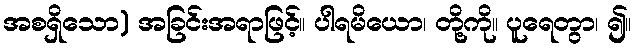
အစရှိသော) အခြင်းအရာဖြင့်။ ပါရမိယော၊ တို့ကို။ ပူရေတွာ၊ ၍။